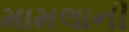
મામલાની